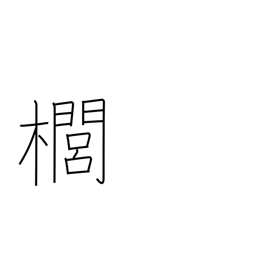
Meaning: kind of quince